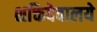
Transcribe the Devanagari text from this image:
शक्तिदेवालये